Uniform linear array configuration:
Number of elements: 16
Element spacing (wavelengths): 0.75
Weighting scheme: hamming
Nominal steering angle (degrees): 45
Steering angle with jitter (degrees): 43.271
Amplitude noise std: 0.05
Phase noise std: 0.05

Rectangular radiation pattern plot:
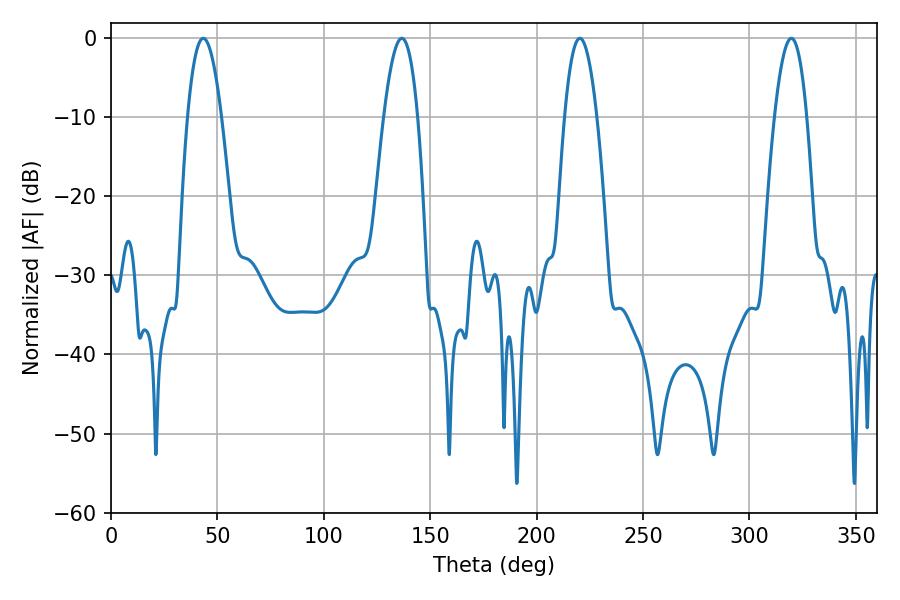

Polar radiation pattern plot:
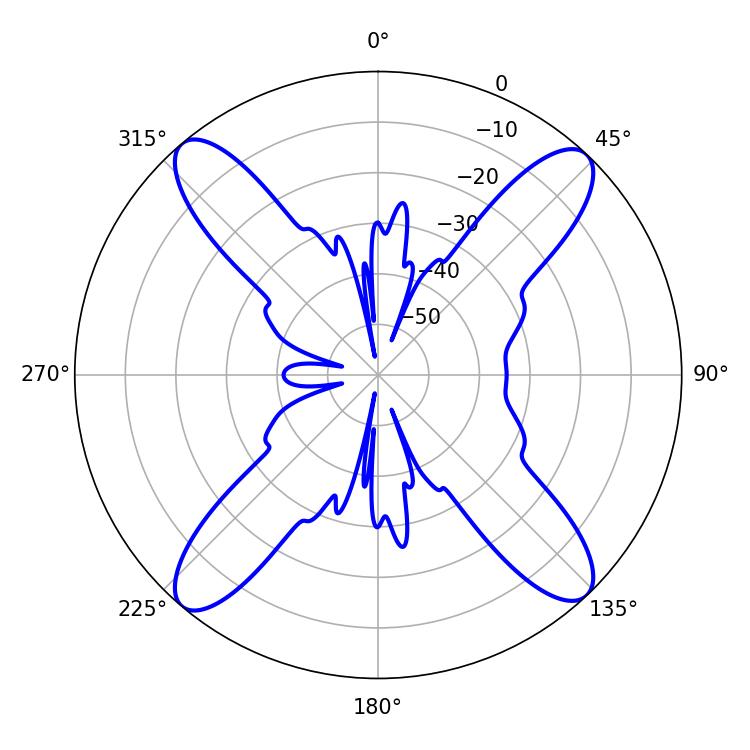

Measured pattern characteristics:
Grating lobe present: TRUE
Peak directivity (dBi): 19.083
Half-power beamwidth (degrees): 8.28
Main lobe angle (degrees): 220.32